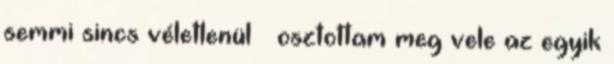
semmi sincs véletlenül – osztottam meg vele az egyik